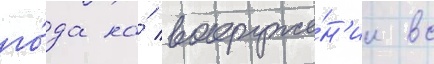
го́да на́ вооруже́н'ии вс